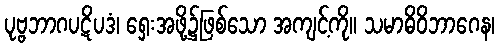
ပုဗ္ဗဘာဂပဋိပဒံ၊ ရှေးအဖို့၌ဖြစ်သော အကျင့်ကို။ သမာဓိဝိဘာဂေန၊